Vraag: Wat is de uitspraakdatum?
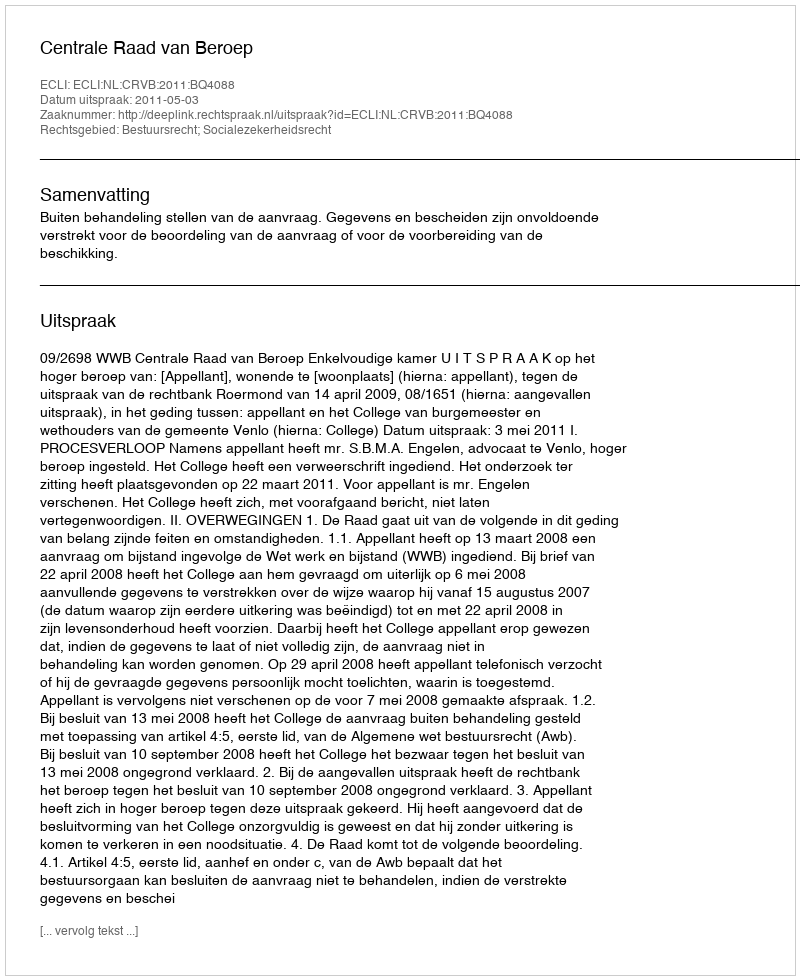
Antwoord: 2011-05-03